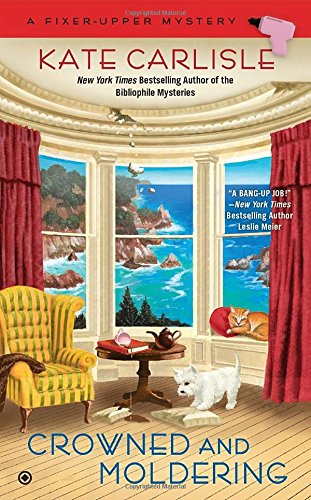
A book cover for Crowned and Moldering: A Fixer-Upper Mystery; Kate Carlisle; Mystery, Thriller & Suspense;